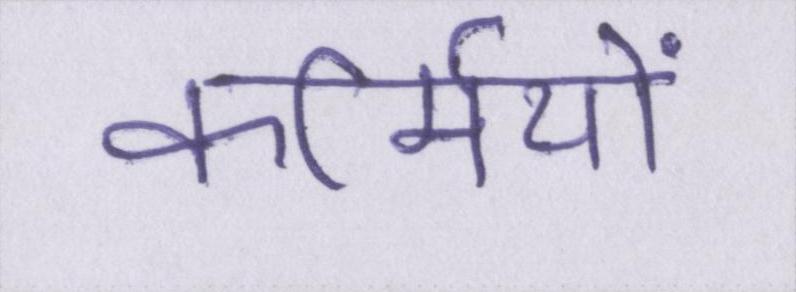
कर्मियों